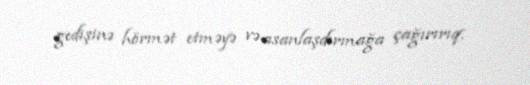
gedişinə hörmət etməyə və asanlaşdırmağa çağırırıq.